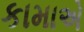
કામાએ